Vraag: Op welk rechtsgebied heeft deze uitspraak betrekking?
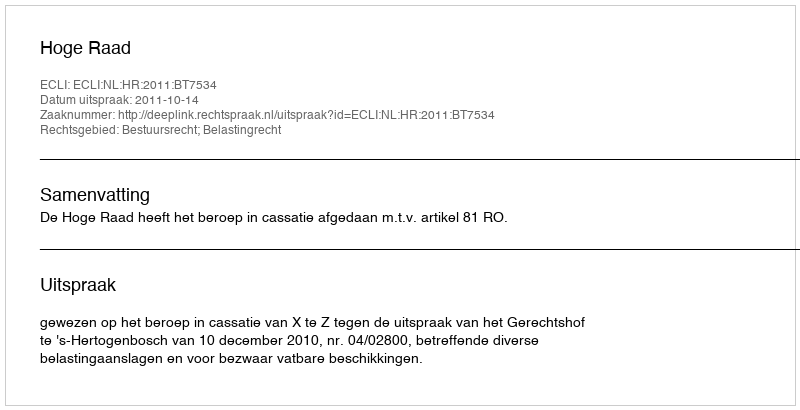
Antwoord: Bestuursrecht; Belastingrecht